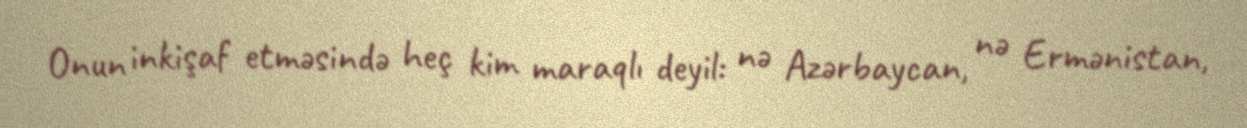
Onun inkişaf etməsində heç kim maraqlı deyil: nə Azərbaycan, nə Ermənistan,